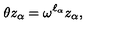
\theta z _ { \alpha } = \omega ^ { \ell _ { \alpha } } z _ { \alpha } ,